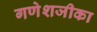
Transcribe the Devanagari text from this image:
गणेशजीका